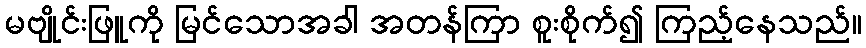
မဗျိုင်းဖြူကို မြင်သောအခါ အတန်ကြာ စူးစိုက်၍ ကြည့်နေသည်။